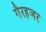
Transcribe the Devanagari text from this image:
गैरहजर